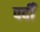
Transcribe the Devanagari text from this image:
पदीँ